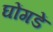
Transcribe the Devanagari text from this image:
घोंगडें